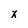
Character: x